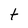
Character: t